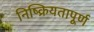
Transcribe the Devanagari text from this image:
निष्क्रियतापूर्ण